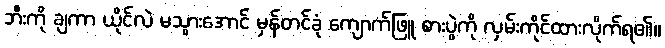
ဘီးကို ချကာ ယိုင်လဲ မသွားအောင် မှန်တင်ခုံ ကျောက်ဖြူ စားပွဲကို လှမ်းကိုင်ထားလိုက်ရ၏။